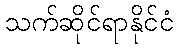
သက်ဆိုင်ရာနိုင်ငံ